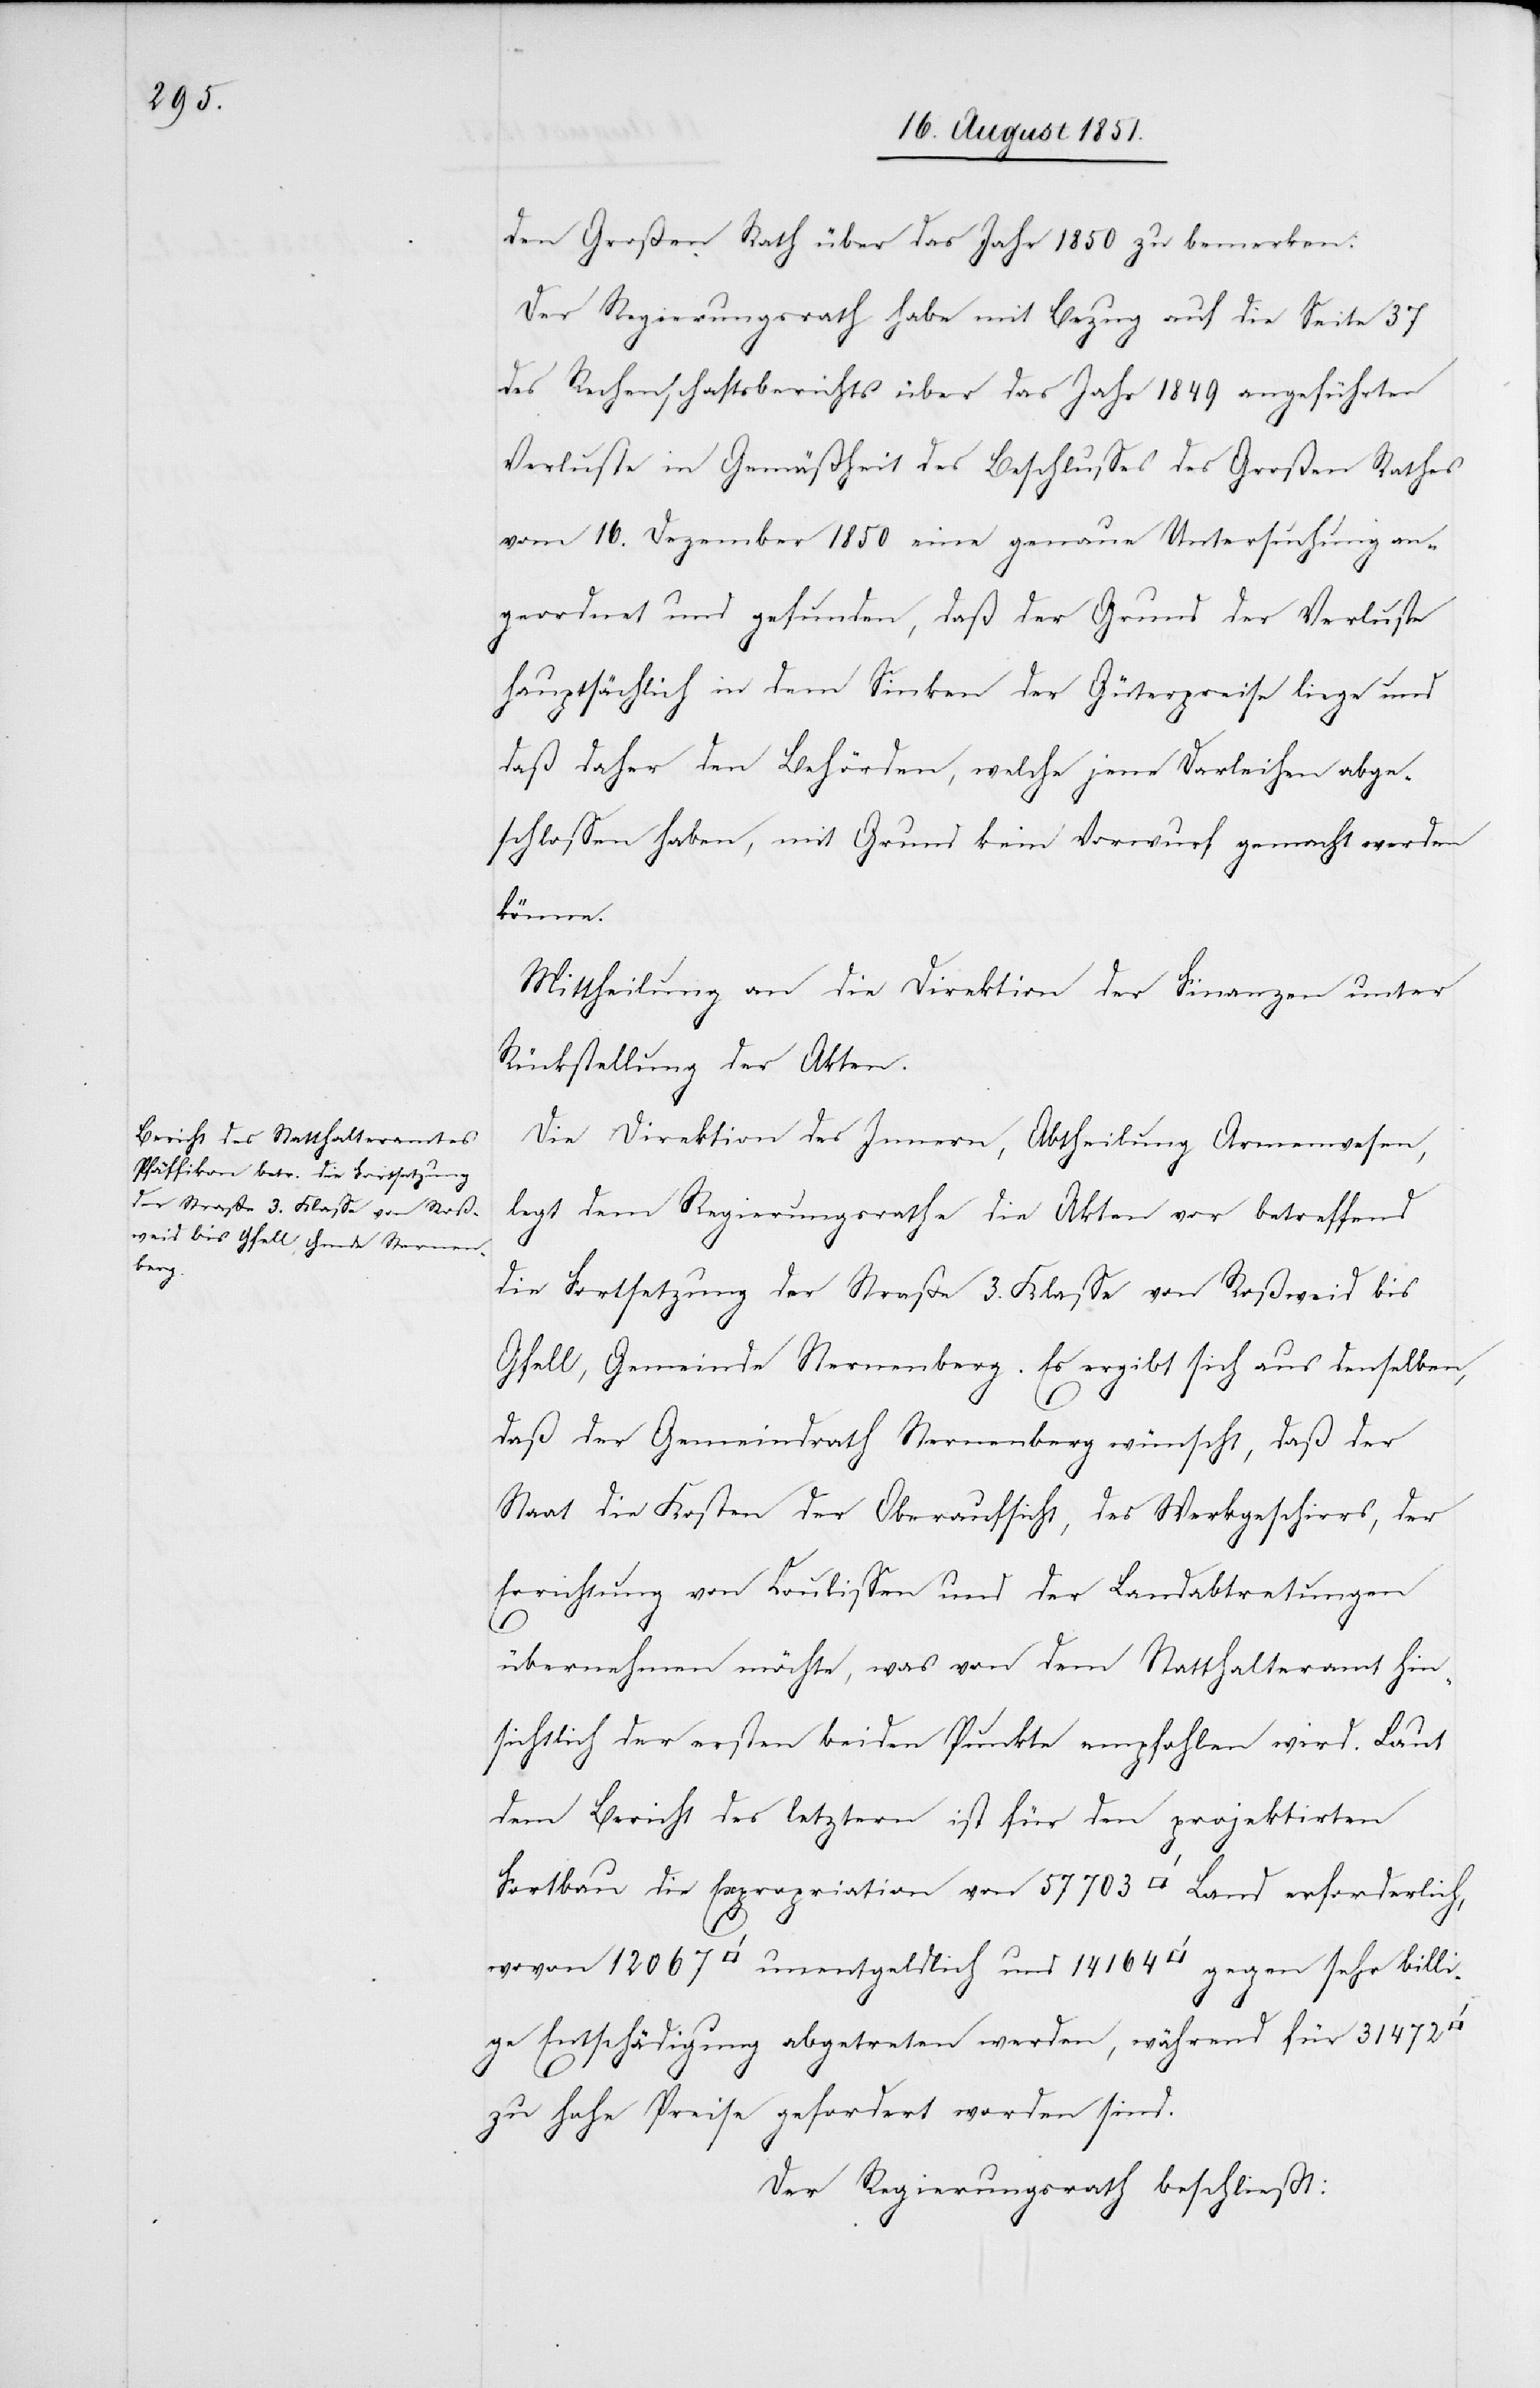
bil¬

den Großen Rath über das Jahr 1850 zu bemerken:
Der Regierungsrath habe mit Bezug auf die Seite 37
des Rechenschaftsberichts über das Jahr 1849 angeführten
Verluste in Gemäßheit des Beschlusses des Großen Rathes
vom 16. Dezember 1850 eine genaue Untersuchung an¬
geordnet und gefunden, daß der Grund der Verluste
hauptsächlich in dem Sinken der Güterpreise liege und
daß daher den Behörden, welche jene Darleihen abge¬
schlossen haben, mit Grund kein Vorwurf gemacht werden
könne.
Mittheilung an die Direktion der Finanzen unter
Rückstellung der Akten.
Die Direktion des Innern, Abtheilung Armenwesen,
legt dem Regierungsrathe die Akten vor betreffend
die Fortsetzung der Straße 3. Klasse von Roßweid bis
Gfell, Gemeinde Sternenberg. Es ergibt sich aus denselben,
14
daß der Gemeindrath Sternenberg wünscht, daß der
Staat die Kosten der Oberaufsicht, des Werkgeschirrs, der
Errichtung von Coulissen und der Landabtretungen
164
übernehmen möchte, was von dem Statthalteramt hin¬
sichtlich der ersten beiden Punkte empfohlen wird. Laut
dem Bericht des letztern ist für den projektirten
Fortbau die Expropriation von 57 703 [Quadratfuß] Land erforderlich,
lige Entschädigung abgetreten werden, während für 31 472
zu hohe Preise gefordert worden sind.
Der Regierungsrath beschließt: